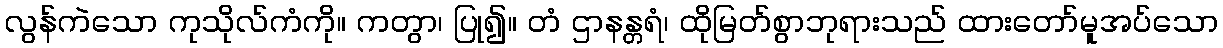
လွန်ကဲသော ကုသိုလ်ကံကို။ ကတွာ၊ ပြု၍။ တံ ဌာနန္တရံ၊ ထိုမြတ်စွာဘုရားသည် ထားတော်မူအပ်သော